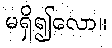
မရှိ၍လော။